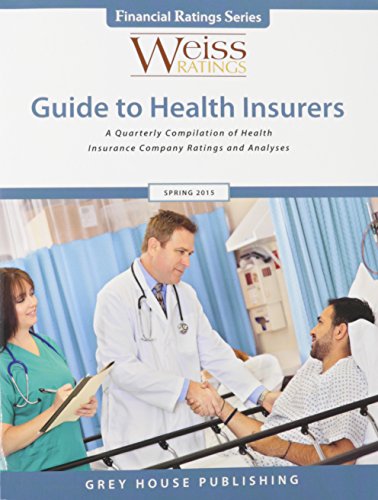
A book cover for Weiss Ratings Guide to Health Insurers, Spring 2015; Business & Money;